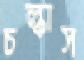
চল্‌কাস